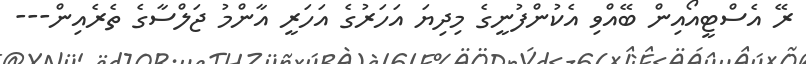
ރޭ އެސްޓީއޯއިން ބޭއްވި އެކުންފުނީގެ މިދިޔަ އަހަރުގެ އަހަރީ އާންމު ޖަލްސާގެ ތެރެއިން---